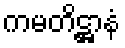
ကမတိဋ္ဌာနံ